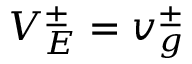
V _ { E } ^ { \pm } = v _ { g } ^ { \pm }